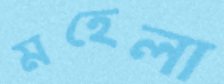
মহেলা